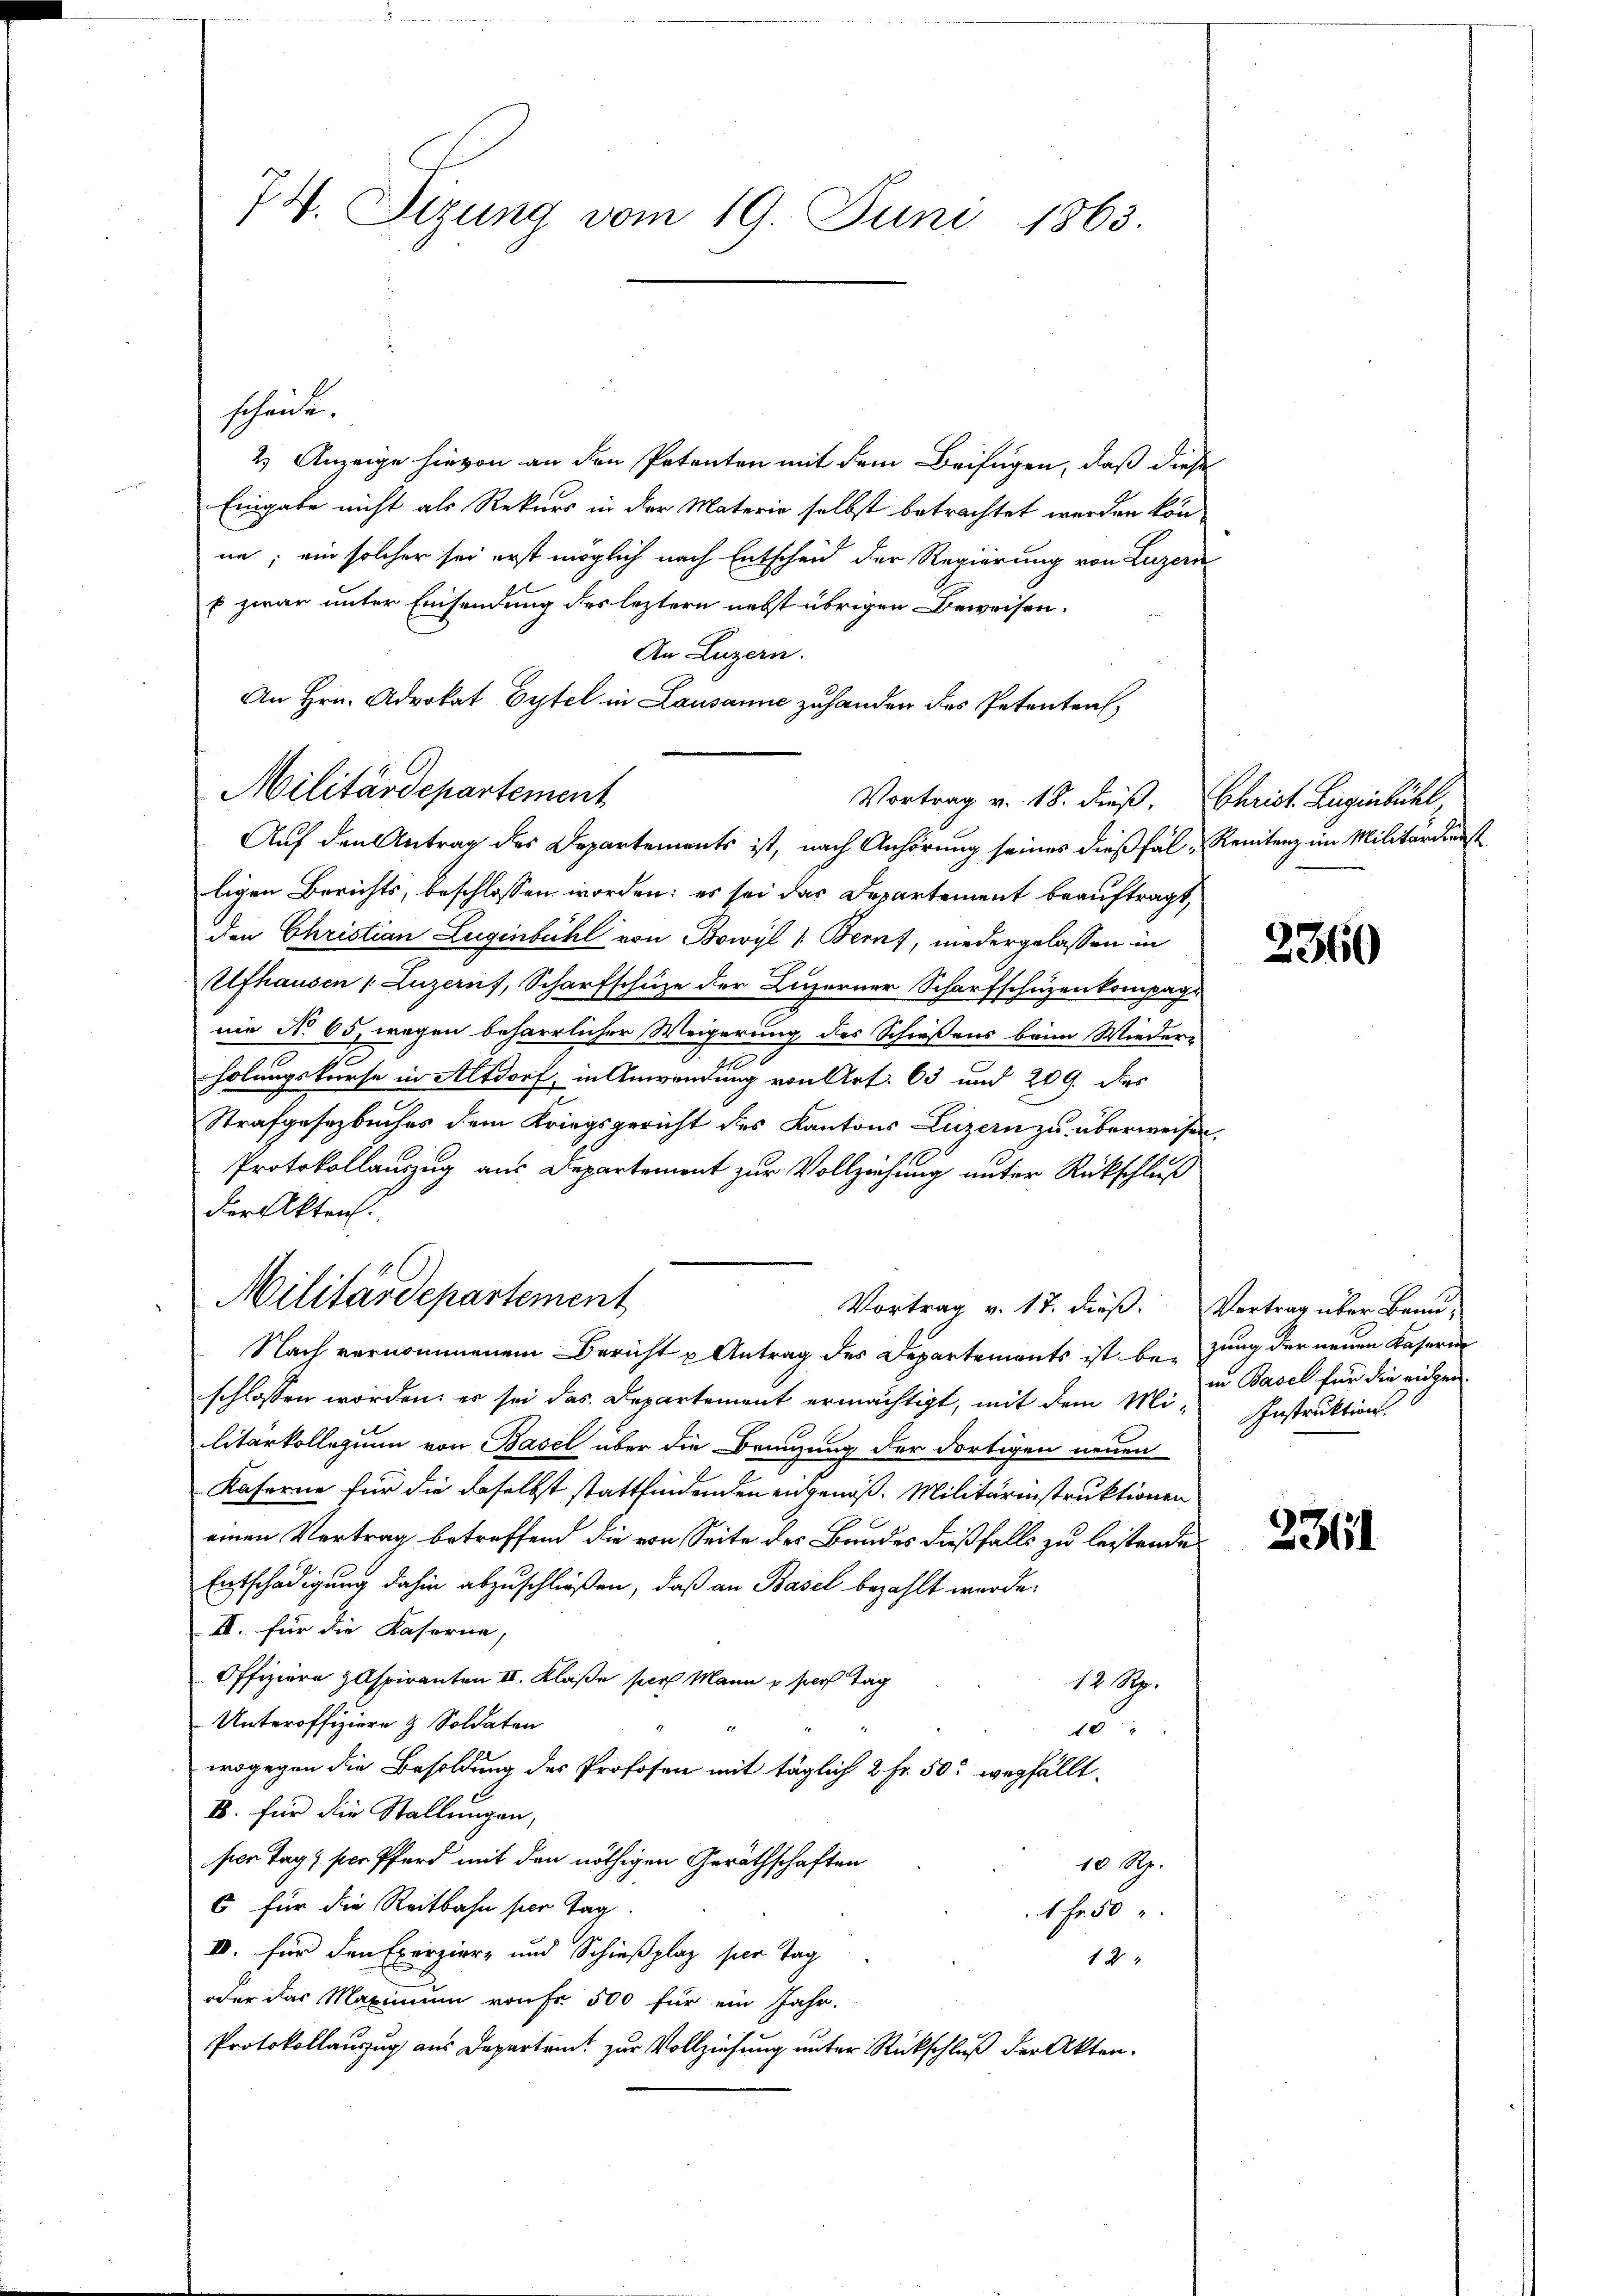
74. Sizung vom 19. Juni 1863.

scheide.
2.) Anzeige hievon an den Petenten mit dem Beifügen, daß diese
Eingabe nicht als Rekurs in der Materie selbst betrachtet werden kön
ne; ein solcher sei erst möglich nach Entscheid der Regierung von Luzern
p zwar unter Einsendung des leztern nebst übrigen Beweisen.
An Luzern.
An Hrn. Advokat Eitel in Lausanne zu handen des Petenten,
Vortrag v. 18. dieß. Christ. Liegenbühl,
Auf den Antrag des Departements ist, nach Anhörung seines dießfäl-Renitenz im Militärdienst
ligen Berichts, beschlossen worden: es sei das Departement beauftragt,
den Christian Lugenbühl von Bowyl v. Bern, niedergelassen in
Ufhausen (Luzern), Scharfschuze der Luzerner Scharfschüzenkompag
nie No. 65, wegen beharrlicher Weigerung des Schießens beim Wieder-
J
holungskurse in Altdorf, in Anwendung von Art. 63 und 209. ds
Strafgesetzbuches dem Kriegsgericht des Kantons Luzern zu überweisen,
Protokollauszug aus Departement zur Vollziehung unter Rückschluß
der Akten.
Militärdepartement
Vortrag v. 17. dieß. Vertrag über Benu¬
Nach vernommenem Bericht u Antrag des Departements ist beizung der neuen Kasern
schlossen worden; er sei das Departement ermächtigt, mit dem Mi-Instruktion.
litarkollegium von Basel über die Branzung der dortigen neuen
Kaferne für die daselbst stattfindenden eidgenöß. Militärinstruktionen
einen Vertrag betreffend die von Seite des Bandes dießfalls zu leistende
Entschädigung dahin abzuschließen, daß an Basel bezahlt werde.
II. für die Kaserne,
Offiziere Aspiranten II. Klaße per Mann u sich Tag
12 Rp.
Unteroffiziere & Soldaten
10
wogegen die Besoldung des Profosen mit täglich 2 Fr. 50 wegfällt.
B. für die Stallungen,
ser Tag, per Pferd mit den nöthigen Geräthschaften
10 Rp.
6 für die Reitbahn per Tag.
1 Fr. 50
IV. für den Exerzier- und Schießplaz per Tag
12
oder das Maximum von Fr. 500 für ein Jahr.
Protokollauszug aus Departamt zur Vollziehung unter Rückschluß der Akten.

Militärdepartement

2360

in Basel für die eichen

2361